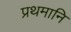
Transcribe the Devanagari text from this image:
प्रथमानि